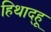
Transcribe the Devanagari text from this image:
हिथाद्हू